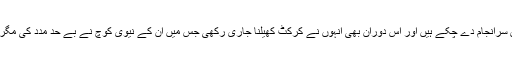
سب لوگ جانتے ہیں کہ فخر زمان انٹرنیشنل کرکٹ میں آنے سے پہلے نیوی میں بھی فرائض سرانجام دے چکے ہیں اور اس دوران بھی انہوں نے کرکٹ کھیلنا جاری رکھی جس میں ان کے نیوی کوچ نے بے حد مدد کی مگر اس دوران ایک ایسا واقعہ بھی پیش آیا کہ آپ فخر زمان کو داد دینے پر مجبور ہو جائیں گے۔